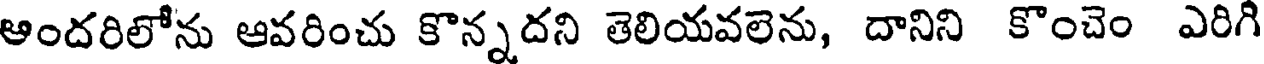
ఆందరిలోను ఆవరించు కొన్నదని తెలియవలెను, దానిని కొంచెం ఎరిగి